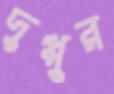
দুপ্পুর